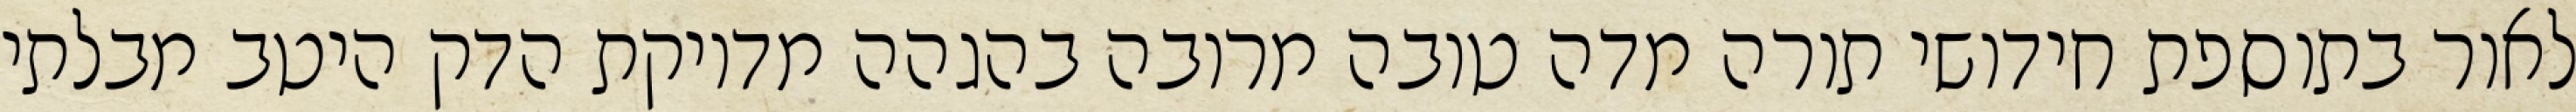
לאור בתוספת חידושי תורה מדה טובה מרובה בהגהה מדויקת הדק היטב מבלתי